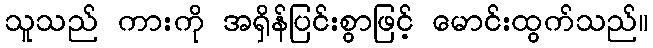
သူသည် ကားကို အရှိန်ပြင်းစွာဖြင့် မောင်းထွက်သည်။